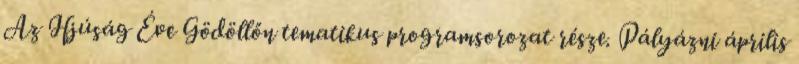
Az Ifjúság Éve Gödöllőn tematikus programsorozat része. Pályázni április